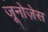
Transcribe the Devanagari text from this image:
जूनोज़ेस